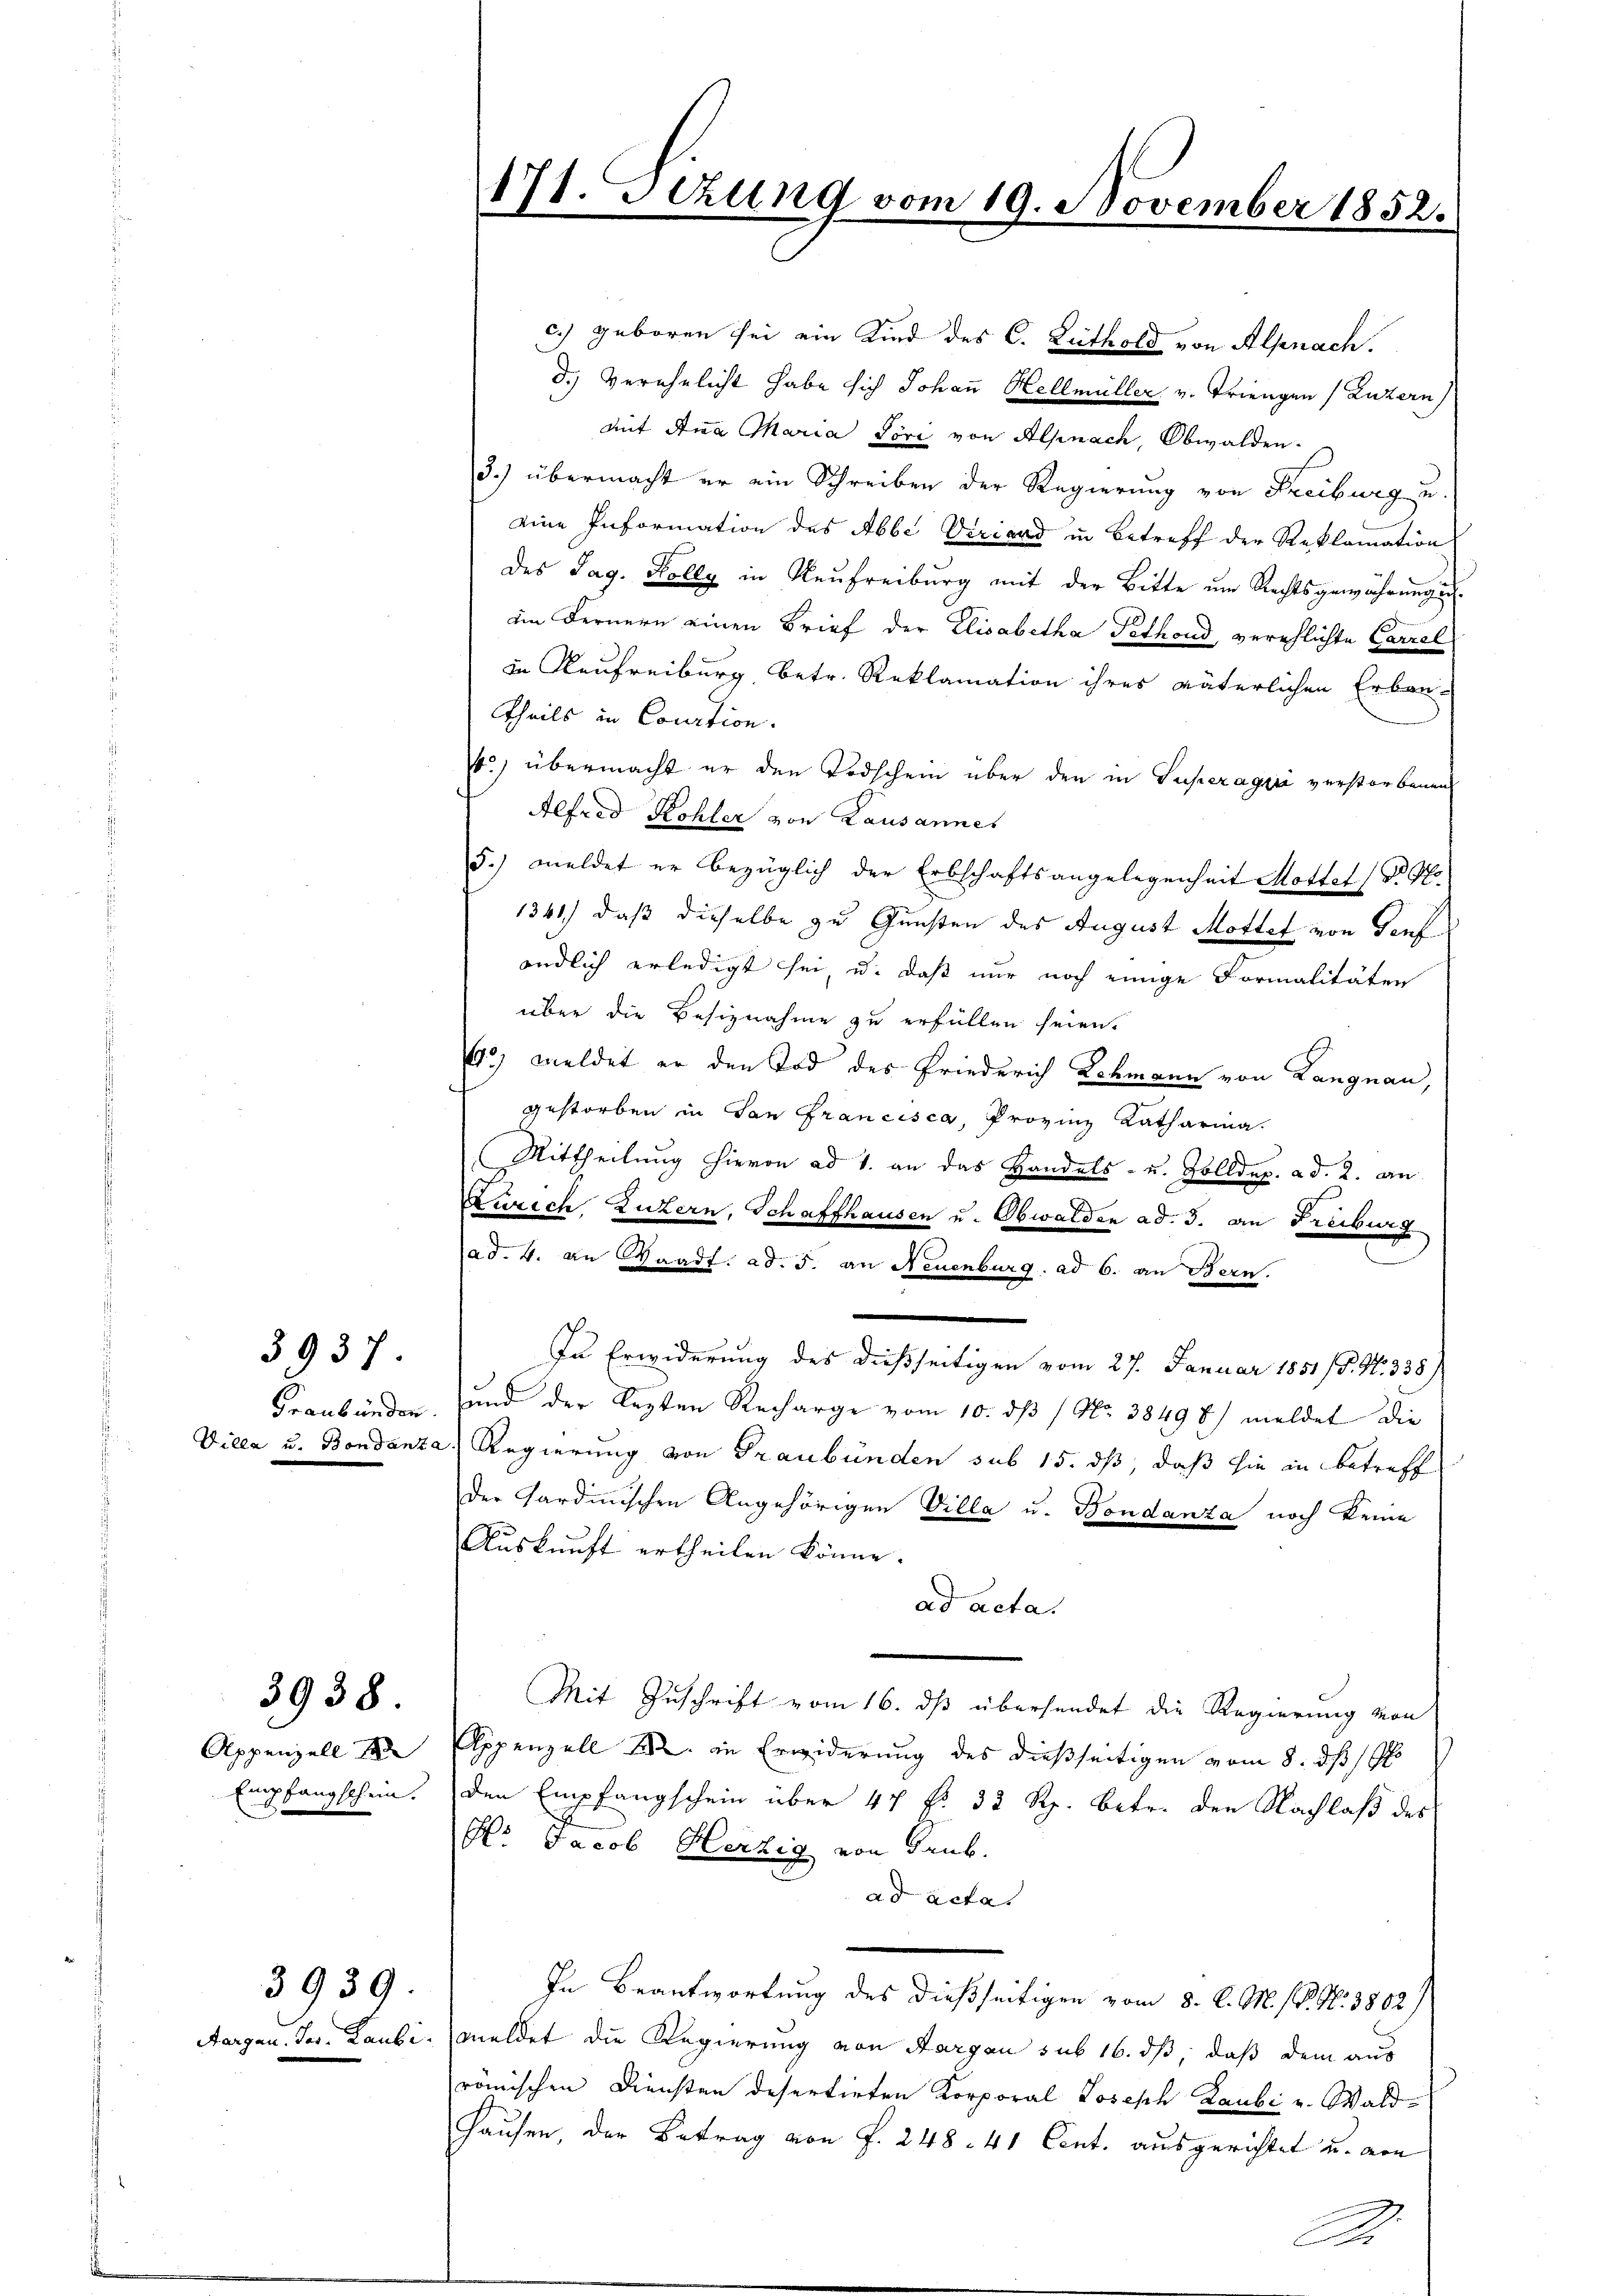
3937

3938.

Appenzell d
Empfangschein.

3939.

171. Jezung vom 19. November 1852.

c.) geboren sei ein Kind des C. Lüthold von Alpnach.
d.) Verehelicht habe sich Johann Hellmüller v. Triengen (Luzern)
Mit Anna Maria Töri von Alpnach, Obwalden.
3.) übermacht er ein Schreiben der Regierung von Freiburg u.
eine Information des Abbe Veriand in Betreff der Reklamation
des Tag. Kolly in Neŭfreiburg mit der Bitte im Rechtsgewährungen
im Fernern einen Brief der Elisabetha Pethond, verschlichte Carrel
in Kaufreiburg, betr. Reklamation ihres väterlichen Erbau-
Theils in Courtion.
) übermacht er den Todschein über den in Superageri verstorbenen
Alfred Kohler von Lausannes
5.) meldet er bezüglich der Erbschaftsangelegenheit Mottat Dr Po¬
1341) daß dieselbe zu Gunsten des August Mottef von Torf
endlich erledigt sei, u. daß nur noch einige Formalitäten
über die Besiznahme zu erfüllen seien.
4.) Meldet er den Tod des Friederich Schmann von Langnau,
gestorben in San Francisca, Provinz Katharina.
Mittheilung hievon ad 1. an das Handels- u. Zolldep. ad. 2. an
Zürich, Luzern, Schaffhausen u. Obwalden ad. 3. an Freiburg
ad. 4. an Wandf. ad. 5. an Neuenburg. ad 6. an Bern.
.
In Erwiderung des dießseitigen vom 27. Januar 1851/B. N. 338)
Graubünden, und der lezten Recharge vom 10. dß / No. 38498) meldet die
Villa u. Bondanza Regierung von Graubünden sub 15. dß, daß sie in betreff
der Gardinischen Angehörigen Villa u. Bondanza noch keine
Auskunft ertheilen könne.
ad acta.
Mit Zuschrift vom 16. dß übersendet die Regierung von
Appenzell l. in Erwiderung des dießseitigen vom 8. dß /9
den Empfangschein über 47 f. 33 Rp. betr. den Nachlaß des
Hr. Jacob Herzig von Grub.
ad acta.
In Beantwortung des dießseitigen vom 8. d. M. (N. N. 3802/
Aargau. Jos. Laubi, meldet die Regierung von Aargau sub 16. dß, daß dem aus
römischen Diensten desertirten Korporal Joseph Laubi u. Wald¬
Hausen, der Betrag von f. 248. 41 Cent. ausgerichtet u. von
A